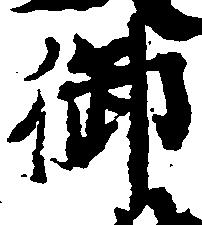
御